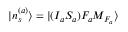
| n _ { s } ^ { ( a ) } \rangle = | ( I _ { a } S _ { a } ) F _ { a } M _ { F _ { a } } \rangle